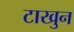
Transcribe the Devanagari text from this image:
टाखुन